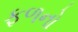
ફળનો